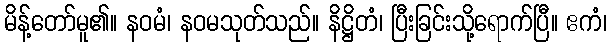
မိန့်တော်မူ၏။ နဝမံ၊ နဝမသုတ်သည်။ နိဋ္ဌိတံ၊ ပြီးခြင်းသို့ရောက်ပြီ။ ဧကံ၊